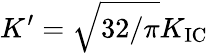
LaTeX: K^{\prime}=\sqrt{32/\pi}K_{\mathrm{IC}}